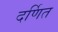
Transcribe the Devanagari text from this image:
दर्णित